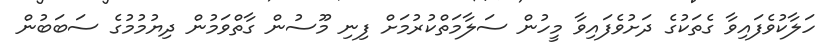
ހަލާކުވެފައިވާ ގެތަކުގެ ދަށުވެފައިވާ މީހުން ސަލާމަތްކުރުމަށް ފިނި މޫސުން ގާތްވަމުން ދިޔުމުމުގެ ސަބަބުން